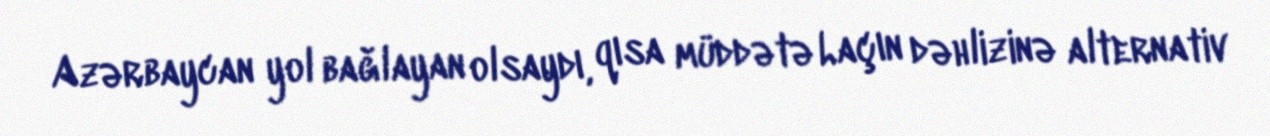
Azərbaycan yol bağlayan olsaydı, qısa müddətə Laçın dəhlizinə alternativ